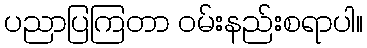
ပညာပြကြတာ ဝမ်းနည်းစရာပါ။